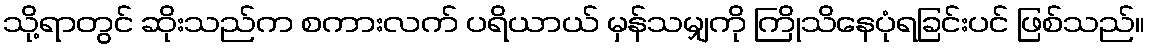
သို့ရာတွင် ဆိုးသည်က စကားလက် ပရိယာယ် မှန်သမျှကို ကြိုသိနေပုံရခြင်းပင် ဖြစ်သည်။